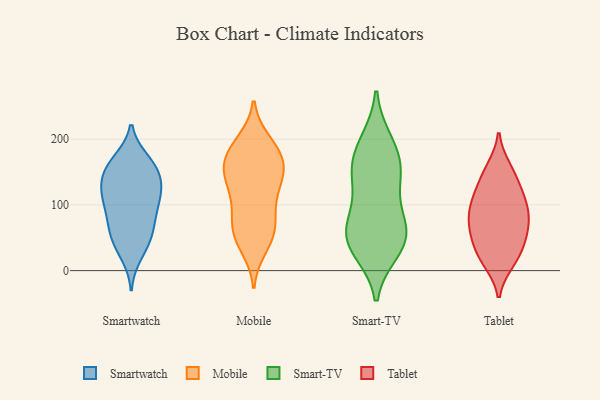
{"axis": {"x": "Market Share (%)", "y": "Value"}, "legend": ["Mobile", "Smart-TV", "Smartwatch", "Tablet"], "data": [{"x": "", "y": 23, "type": "Smartwatch"}, {"x": "", "y": 148, "type": "Smartwatch"}, {"x": "", "y": 126, "type": "Smartwatch"}, {"x": "", "y": 93, "type": "Smartwatch"}, {"x": "", "y": 35, "type": "Smartwatch"}, {"x": "", "y": 109, "type": "Smartwatch"}, {"x": "", "y": 162, "type": "Smartwatch"}, {"x": "", "y": 47, "type": "Smartwatch"}, {"x": "", "y": 64, "type": "Smartwatch"}, {"x": "", "y": 145, "type": "Smartwatch"}, {"x": "", "y": 60, "type": "Smartwatch"}, {"x": "", "y": 168, "type": "Smartwatch"}, {"x": "", "y": 118, "type": "Smartwatch"}, {"x": "", "y": 92, "type": "Smartwatch"}, {"x": "", "y": 124, "type": "Smartwatch"}, {"x": "", "y": 124, "type": "Smartwatch"}, {"x": "", "y": 168, "type": "Smartwatch"}, {"x": "", "y": 152, "type": "Smartwatch"}, {"x": "", "y": 60, "type": "Smartwatch"}, {"x": "", "y": 91, "type": "Smartwatch"}, {"x": "", "y": 44, "type": "Mobile"}, {"x": "", "y": 193, "type": "Mobile"}, {"x": "", "y": 60, "type": "Mobile"}, {"x": "", "y": 136, "type": "Mobile"}, {"x": "", "y": 151, "type": "Mobile"}, {"x": "", "y": 35, "type": "Mobile"}, {"x": "", "y": 56, "type": "Mobile"}, {"x": "", "y": 176, "type": "Mobile"}, {"x": "", "y": 196, "type": "Mobile"}, {"x": "", "y": 101, "type": "Mobile"}, {"x": "", "y": 140, "type": "Mobile"}, {"x": "", "y": 162, "type": "Mobile"}, {"x": "", "y": 171, "type": "Mobile"}, {"x": "", "y": 159, "type": "Mobile"}, {"x": "", "y": 184, "type": "Mobile"}, {"x": "", "y": 94, "type": "Mobile"}, {"x": "", "y": 67, "type": "Mobile"}, {"x": "", "y": 137, "type": "Mobile"}, {"x": "", "y": 74, "type": "Mobile"}, {"x": "", "y": 122, "type": "Mobile"}, {"x": "", "y": 139, "type": "Smart-TV"}, {"x": "", "y": 197, "type": "Smart-TV"}, {"x": "", "y": 154, "type": "Smart-TV"}, {"x": "", "y": 64, "type": "Smart-TV"}, {"x": "", "y": 58, "type": "Smart-TV"}, {"x": "", "y": 154, "type": "Smart-TV"}, {"x": "", "y": 74, "type": "Smart-TV"}, {"x": "", "y": 105, "type": "Smart-TV"}, {"x": "", "y": 160, "type": "Smart-TV"}, {"x": "", "y": 44, "type": "Smart-TV"}, {"x": "", "y": 56, "type": "Smart-TV"}, {"x": "", "y": 193, "type": "Smart-TV"}, {"x": "", "y": 31, "type": "Smart-TV"}, {"x": "", "y": 30, "type": "Smart-TV"}, {"x": "", "y": 41, "type": "Tablet"}, {"x": "", "y": 80, "type": "Tablet"}, {"x": "", "y": 61, "type": "Tablet"}, {"x": "", "y": 152, "type": "Tablet"}, {"x": "", "y": 84, "type": "Tablet"}, {"x": "", "y": 36, "type": "Tablet"}, {"x": "", "y": 92, "type": "Tablet"}, {"x": "", "y": 156, "type": "Tablet"}, {"x": "", "y": 18, "type": "Tablet"}, {"x": "", "y": 15, "type": "Tablet"}, {"x": "", "y": 58, "type": "Tablet"}, {"x": "", "y": 78, "type": "Tablet"}, {"x": "", "y": 117, "type": "Tablet"}, {"x": "", "y": 99, "type": "Tablet"}, {"x": "", "y": 113, "type": "Tablet"}, {"x": "", "y": 142, "type": "Tablet"}, {"x": "", "y": 13, "type": "Tablet"}, {"x": "", "y": 117, "type": "Tablet"}, {"x": "", "y": 55, "type": "Tablet"}]}